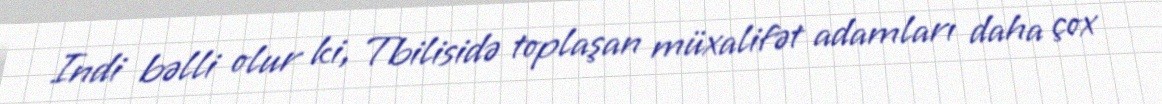
Indi bəlli olur ki, Tbilisidə toplaşan müxalifət adamları daha çox